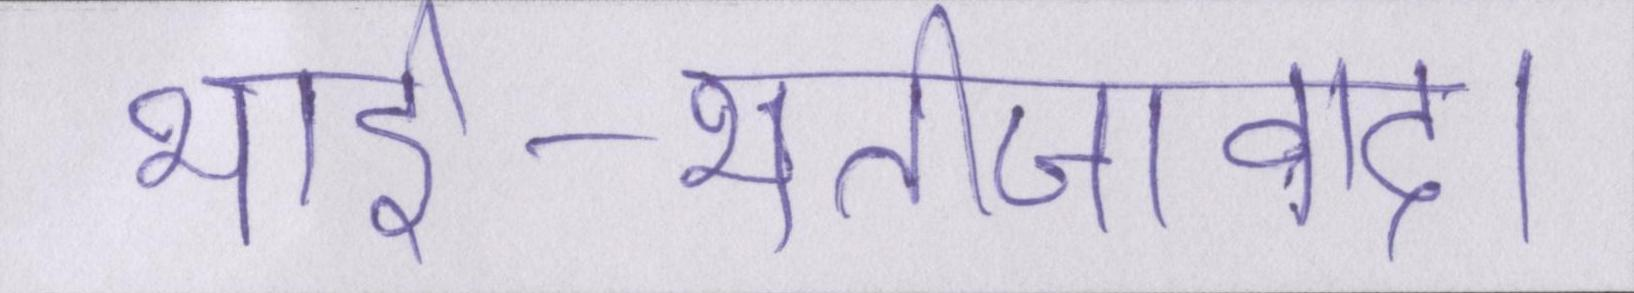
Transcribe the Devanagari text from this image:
भार्इ-भतीजावाद।